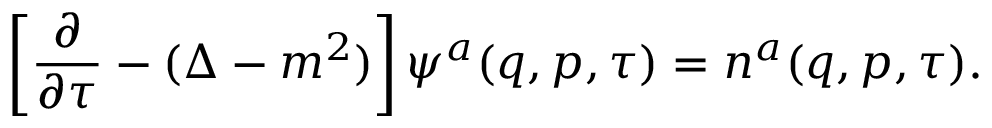
\left[ \frac { \partial } { \partial \tau } - ( \Delta - m ^ { 2 } ) \right] \psi ^ { a } ( q , p , \tau ) = n ^ { a } ( q , p , \tau ) .